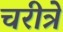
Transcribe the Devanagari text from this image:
चरीत्रे